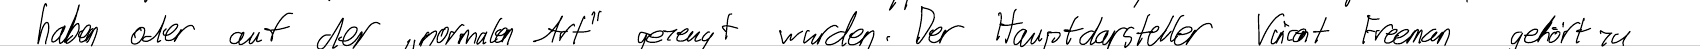
haben oder auf der "normalen Art" gezeugt wurden. Der Hauptdarsteller Vincent Freeman gehört zu